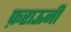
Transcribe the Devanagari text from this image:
फ़राऊनी